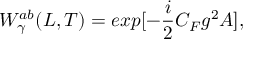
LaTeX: { \cal W } _ { \gamma } ^ { a b } ( L , T ) = e x p [ - { \frac { i } { 2 } } C _ { F } g ^ { 2 } { \cal A } ] ,